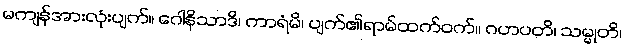
မကျန်အားလုံးပျက်။ ဂေါနိသာဒိ၊ ကာရံမိ၊ ပျက်၏ရာမ်ထက်ဝက်။ ဂဟပတိ၊ သမ္မုတိ၊